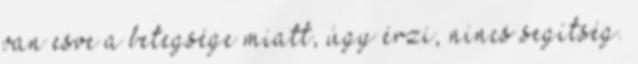
van esve a betegsége miatt, úgy érzi, nincs segítség.